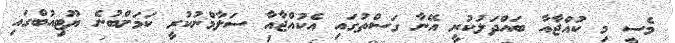
މެސީ މި ކުއްޖާއާ ބައްދަލުކުރީ އޭނާ ގަސްތުގައި އެކުއްޖާއާ ސަލާމްނުކުރީ ކަމަށްބުނެ ޔޫޓިއުބްގައި